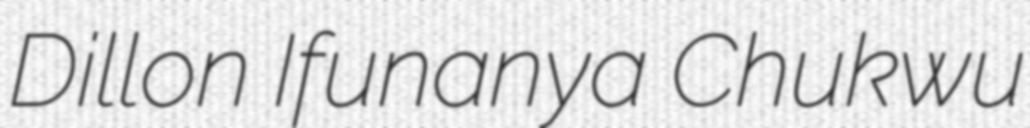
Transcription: Dillon Ifunanya Chukwu